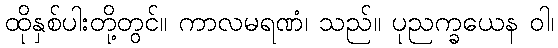
ထိုနှစ်ပါးတို့တွင်။ ကာလမရဏံ၊ သည်။ ပုညက္ခယေန ဝါ၊